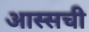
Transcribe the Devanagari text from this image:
आस्सची